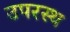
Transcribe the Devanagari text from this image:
उपरस्थ